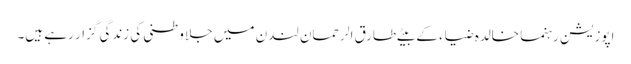
اپوزیشن رہنما خالدہ ضیاء کے بیٹے طارق الرحمان لندن میں جلا وطنی کی زندگی گزار رہے ہیں۔